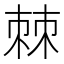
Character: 棘